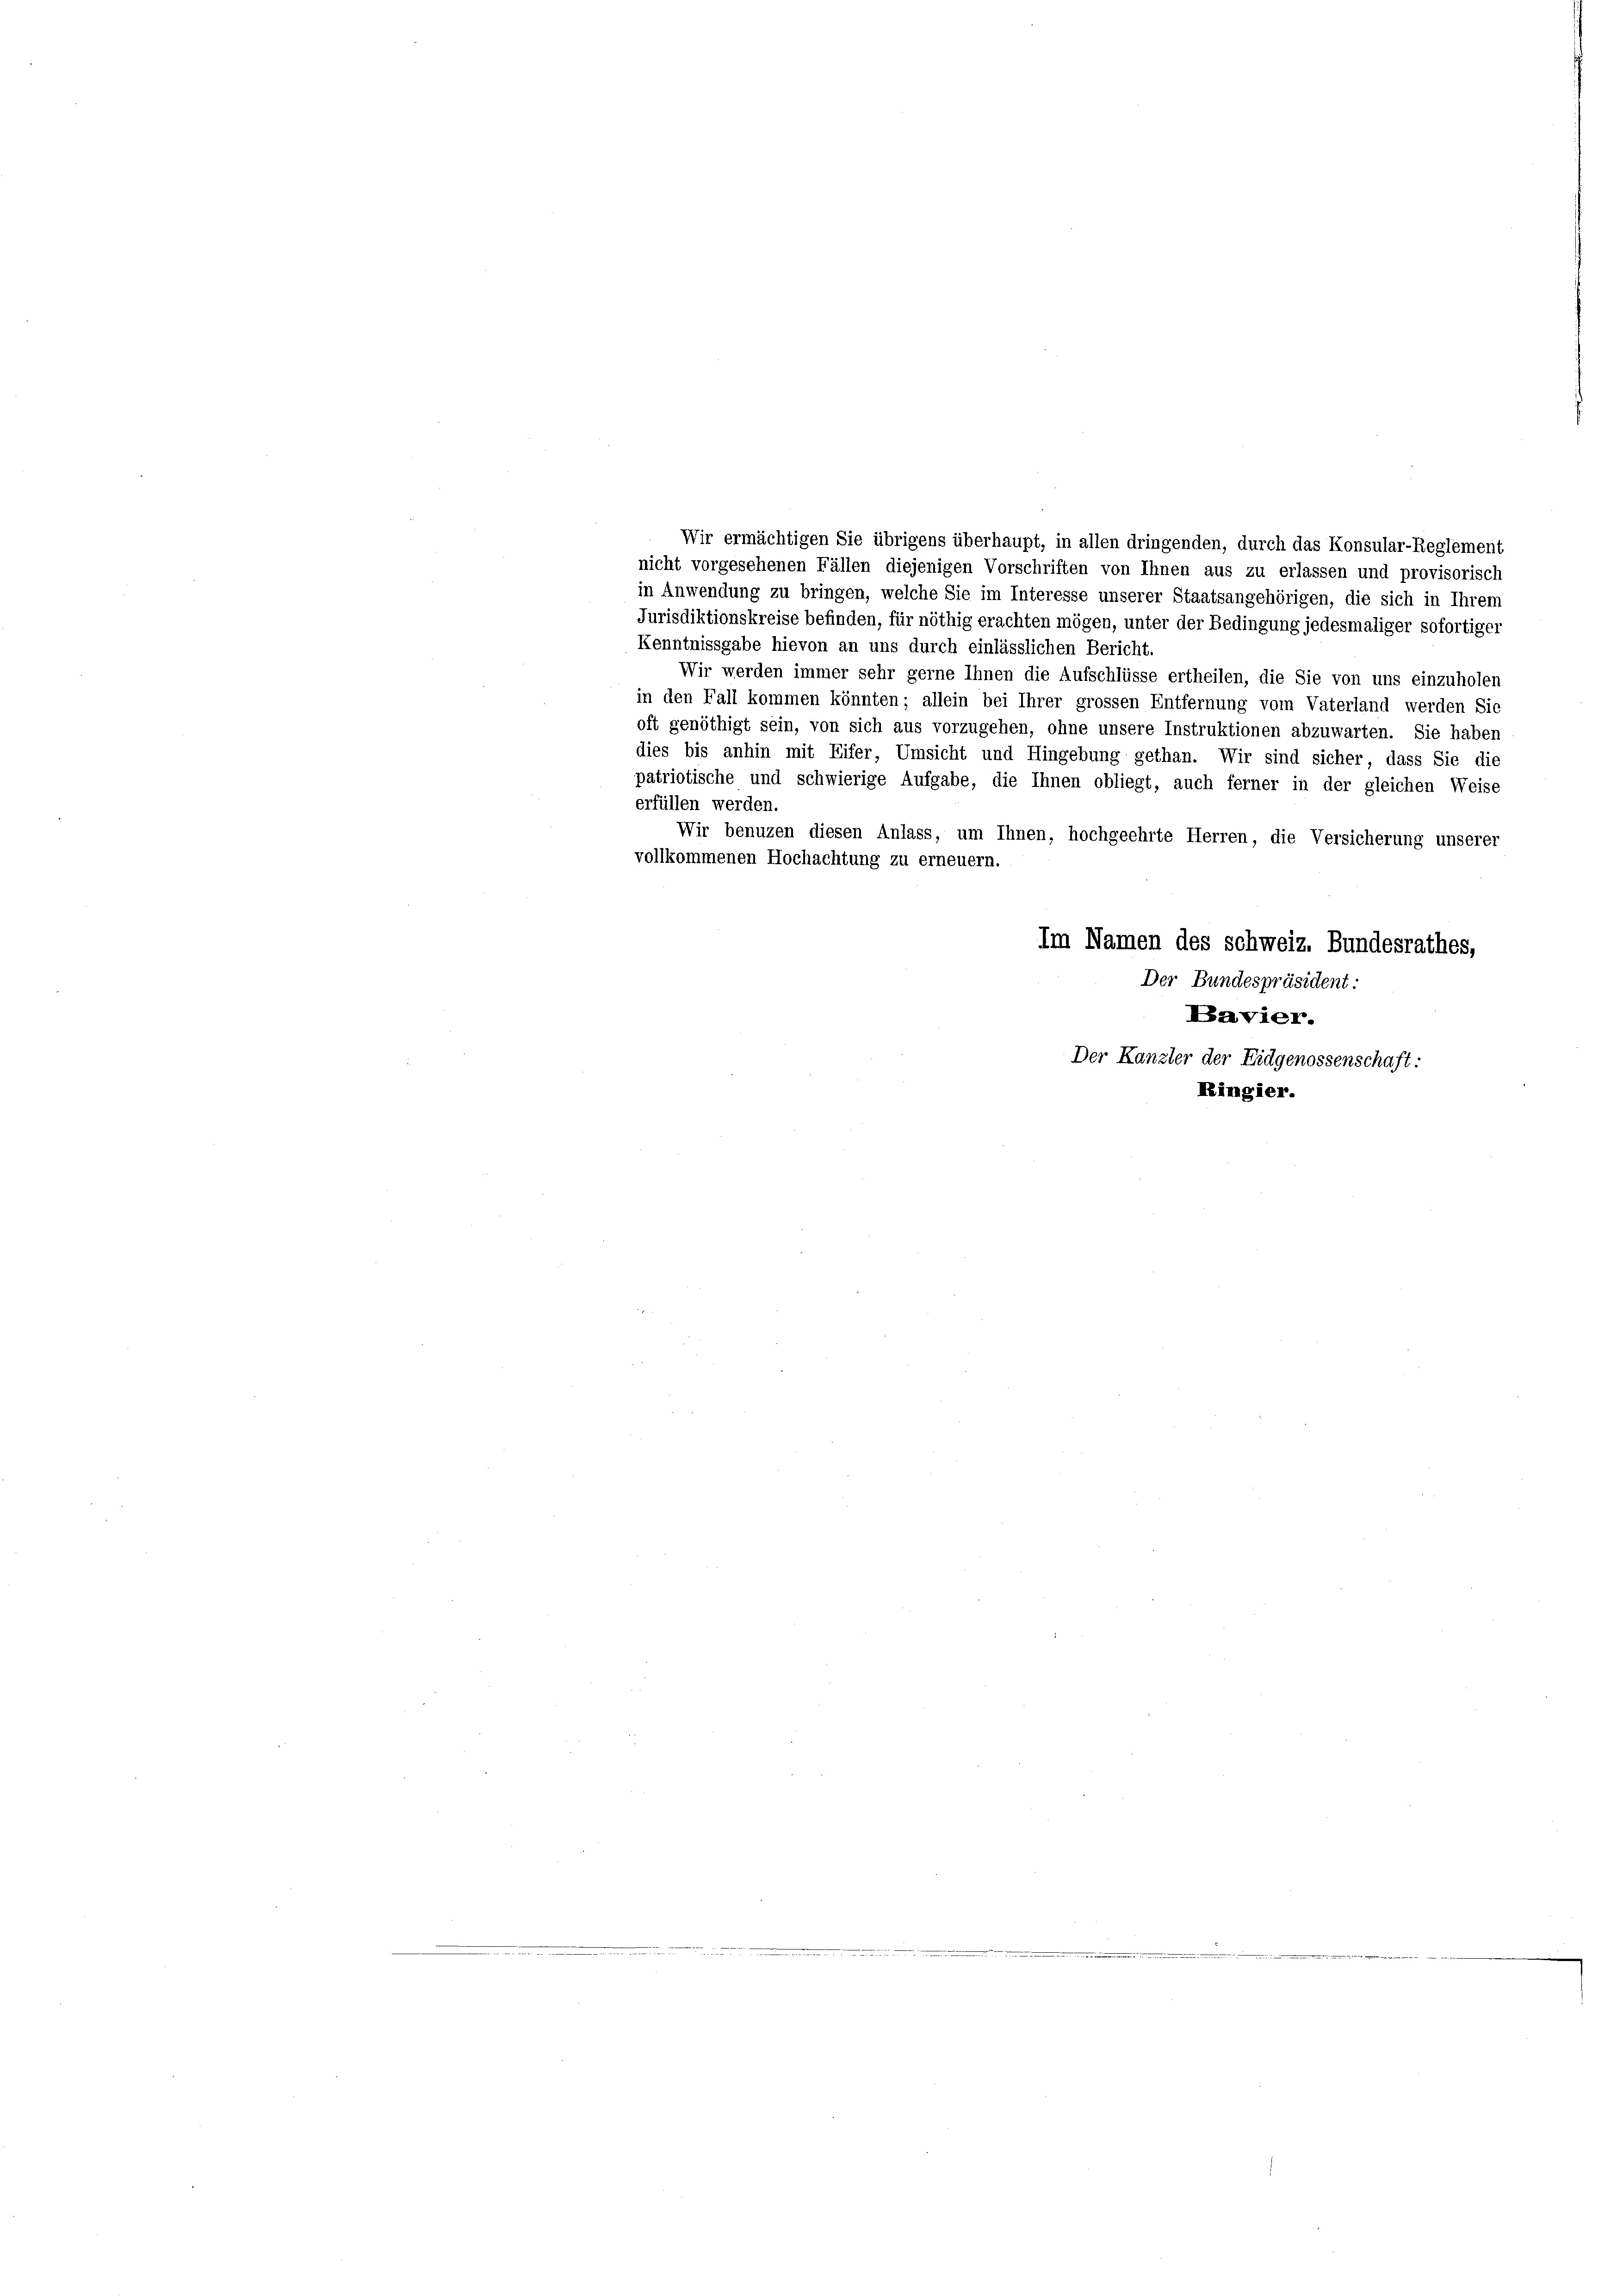
Wir ermächtigen Sie übrigens überhaupt, in allen dringenden, durch das Konsular-Reglement
nicht vorgesehenen Fällen diejenigen Vorschriften von Ihnen aus zu erlassen und provisorisch
in Anwendung zu bringen, welche Sie im Interesse unserer Staatsangehörigen, die sich in Ihrem
Jurisdiktionskreise befinden, für nöthig erachten mögen, unter der Bedingung jedesmaliger sofortiger
Kenntnissgabe hievon an uns durch einlässlichen Bericht.
Wir werden immer sehr gerne Ihnen die Aufschlüsse ertheilen, die Sie von uns einzuholen
in den Fall kommen könnten; allein bei Ihrer grossen Entfernung vom Vaterland werden Sie
oft genöthigt sein, von sich aus vorzugehen, ohne unsere Instruktionen abzuwarten. Sie haben
dies bis anhin mit Eifer, Umsicht und Hingebung gethan. Wir sind sicher, dass Sie die
patriotische und schwierige Aufgabe, die Ihnen obliegt, auch ferner in der gleichen Weise
erfüllen werden.
Wir benuzen diesen Anlass, um Ihnen, hochgeehrte Herren, die Versicherung unserer
vollkommenen Hochachtung zu erneuern.
Im Namen des Schweiz. Bundesrathes,
Der Bundespräsident:
Bavier.
Der Kanzler der Eidgenossenschaft:
Ringier.